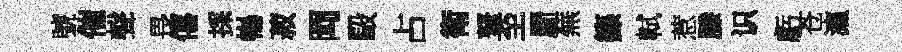
號催聲畏僖採暢菽岡毆占衛弩至罽蕪籙軾惹縢识虧苍瀛